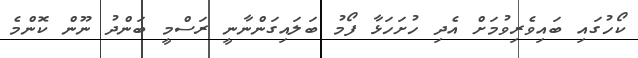
ކޯހުގައި ބައިވެރިވުމަށް އެދި ހުށަހަޅާ ފޯމު ބަލައިގަންނާނީ ރަސްމީ ބަންދު ނޫން ކޮންމެ